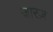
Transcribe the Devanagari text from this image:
जारज़